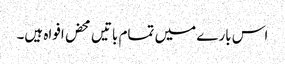
اس بارے میں تمام باتیں محض افواہ ہیں۔